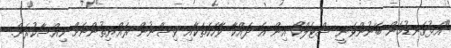
"އަޅުގަނޑުމެން ބޭނުންވަނީ ސްޓެލްކޯ އިން އެ ދައްކާ ވާހަކަތަކާއި ވިސްނުން ރައްޔިތުންނަށް ހިއްސާކުރަން.